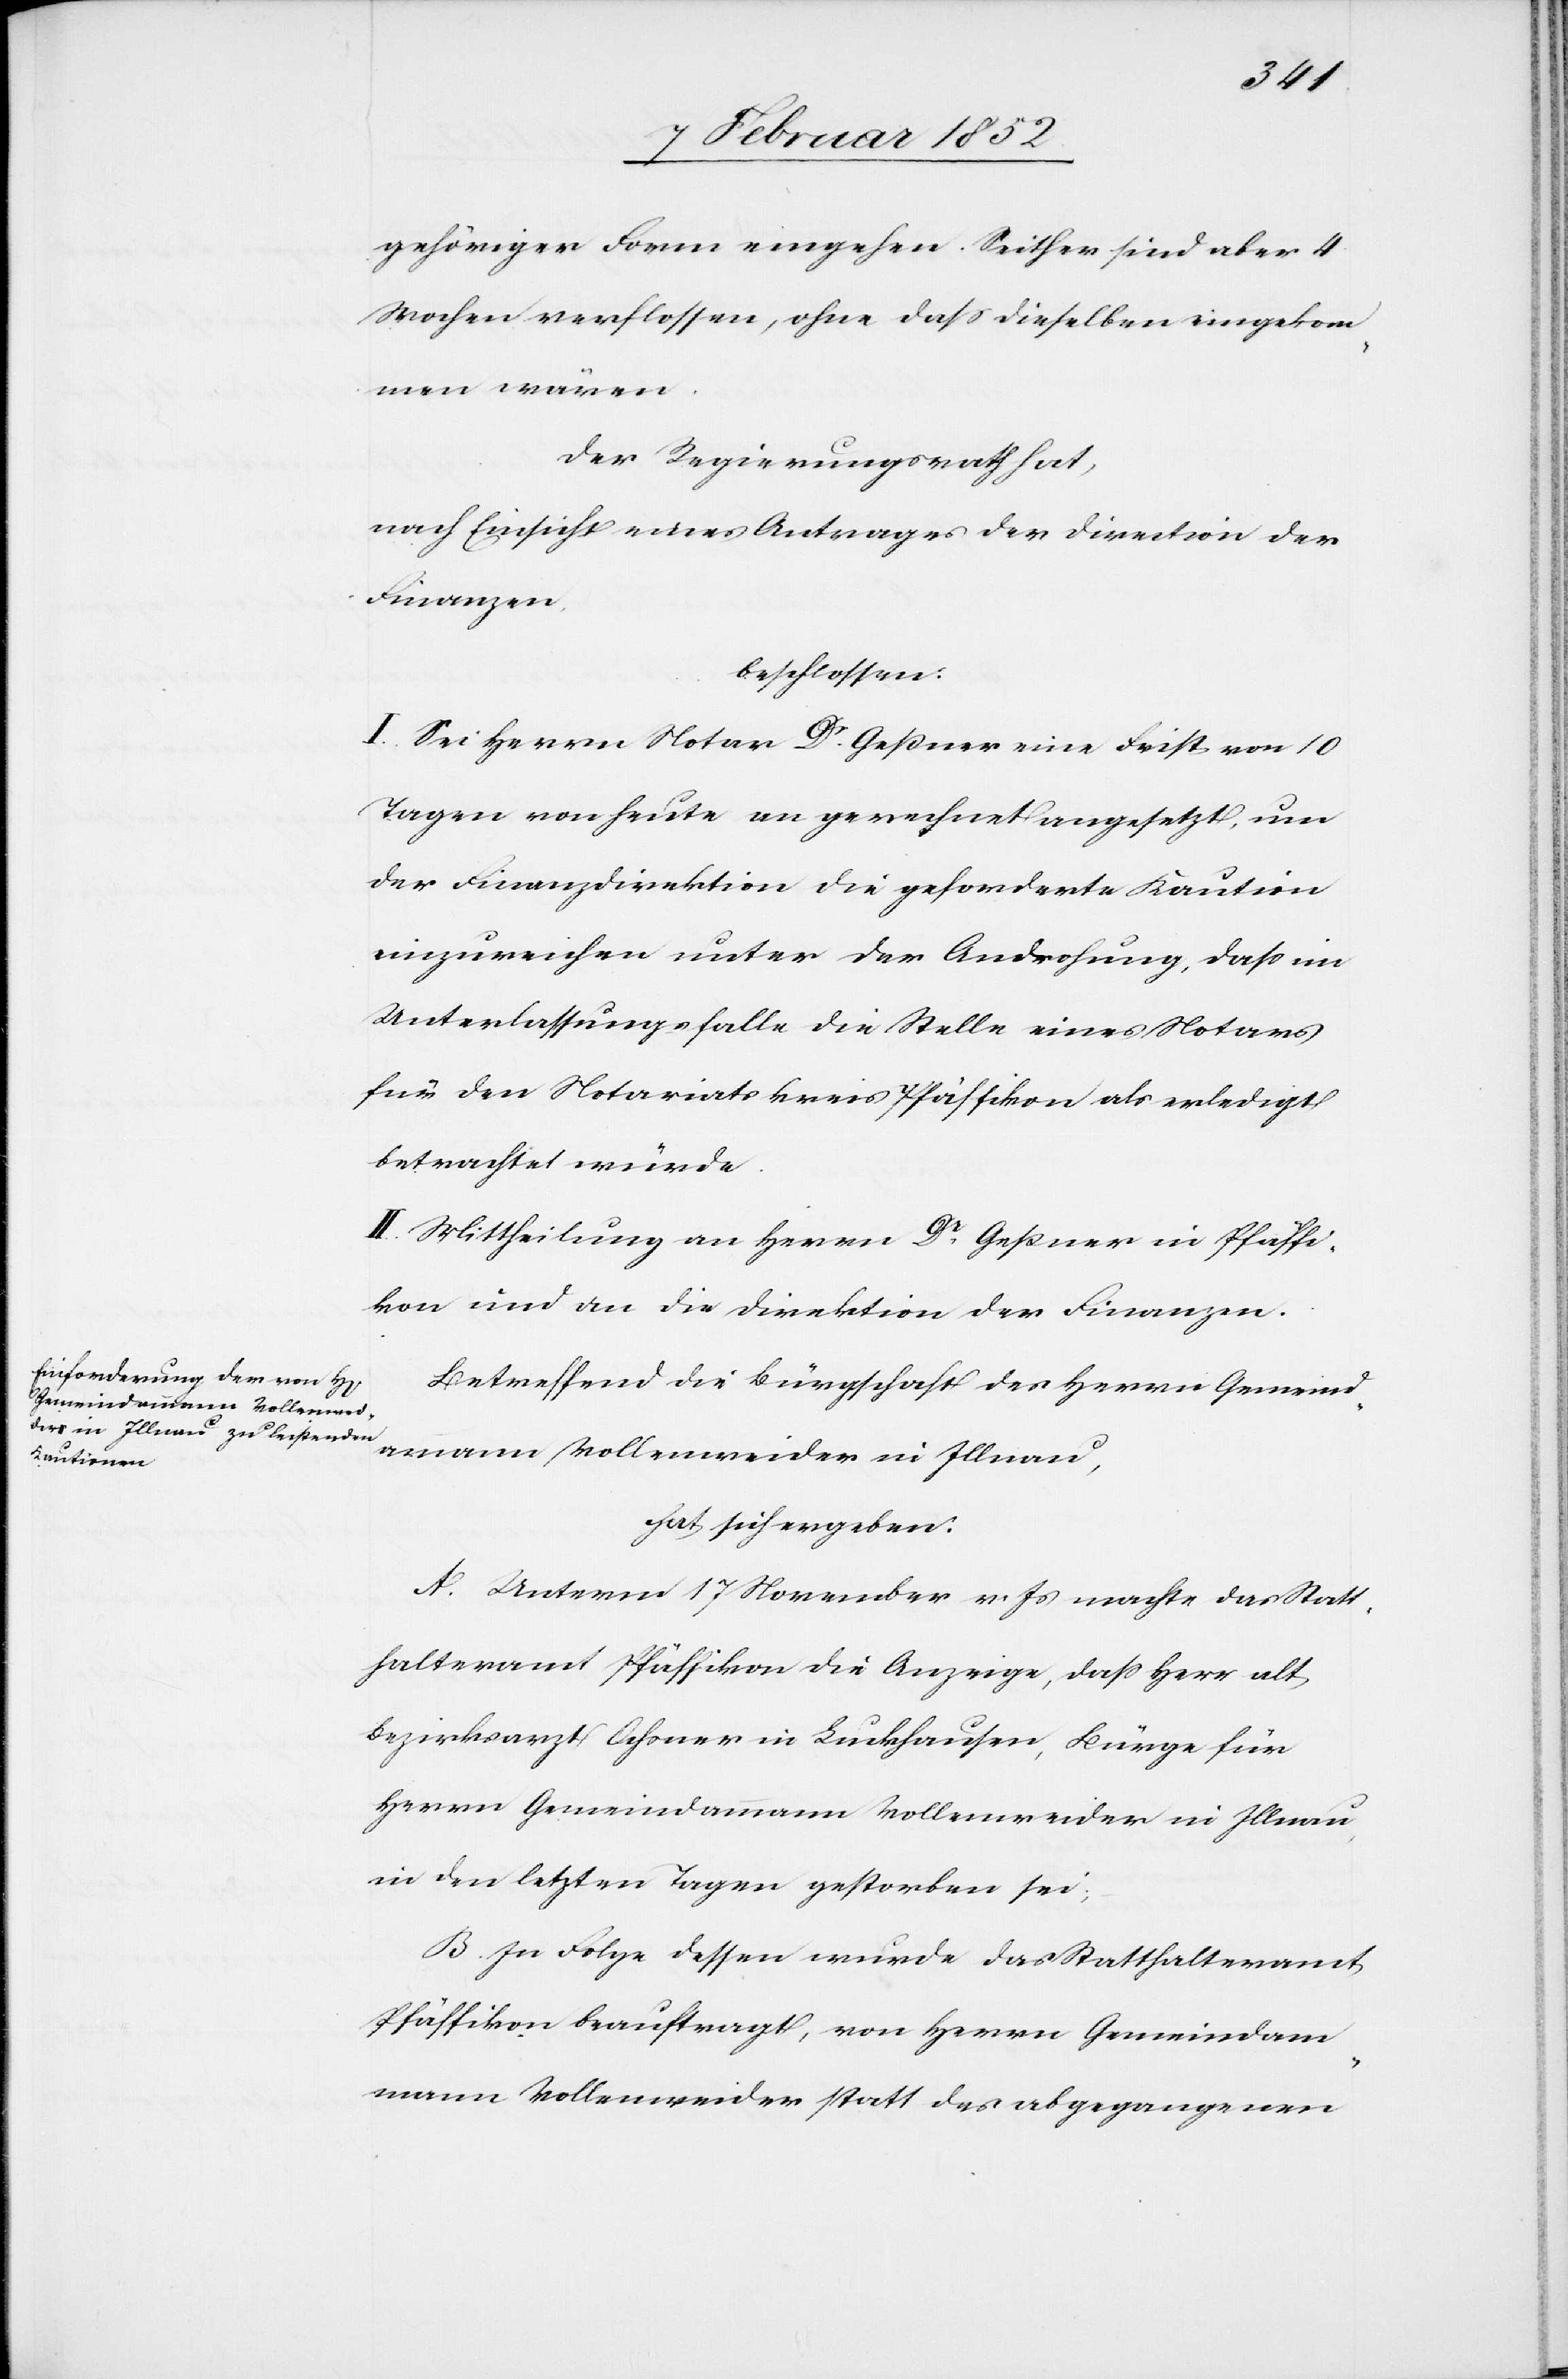
gehöriger Form eingehen. Seither sind aber 4
Wochen verflossen, ohne daß dieselben eingekom¬
men wären.
Der Regierungsrath hat,
nach Einsicht eines Antrages der Direction der
Finanzen,
beschlossen.
I. Sei Herrn Notar Dr. Geßner eine Frist von 10
Tagen von heute gerechnet angesetzt, um
der Finanzdirektion die geforderte Kaution
einzureichen unter der Androhung, daß im
Unterlassungsfalle die Stelle eines Notars
für den Notariatskreis Pfäffikon als erledigt
betrachtet würde.
II. Mittheilung an Herrn Dr. Geßner in Pfäffi¬
kon und an die Direktion der Finanzen.
Betreffend die Bürgschaft des Herrn Gemeind¬
ammann Vollenweider in Illnau,
hat sich ergeben:
A. Unterm 17 November v. Js machte das Statt¬
halteramt Pfäffikon die Anzeige, daß Herr alt
Bezirksarzt Ochsner in Buckhausen, Bürge für
Herrn Gemeindammann Vollenweider in Illnau,
in den letzten Jahren gestorben sei.
B. In Folge dessen wurde das Statthalteramt
Pfäffikon beauftragt, von Herrn Gemeindam¬
mann Vollenweider statt des abgegangenen